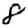
Digit: 8